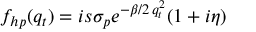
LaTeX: f _ { h p } ( q _ { t } ) = i s \sigma _ { p } e ^ { - \beta / 2 \, q _ { t } ^ { 2 } } ( 1 + i \eta )